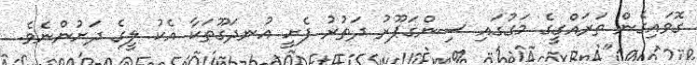
ގޮވައިގެން ތަރައްގީގެ މަގުގައި ސިންގަޕޫރު ދަތުރު ފެެށީ އުނދަގޫތަކާ އެކު ލީގެ ދަށުންނެވެ.